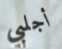
أجلبي